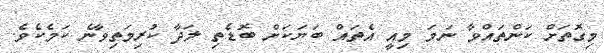
މިގޮތަށް ކަންތައްވާ ނަމަ މިއީ އެތައް ބަޔަކަށް ބޮޑެތި ލަދާ ކުރިމަތިވާނެ ކަމެކެވެ.